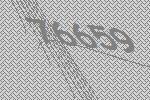
76659